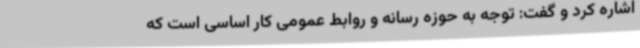
اشاره کرد و گفت: توجه به حوزه رسانه و روابط عمومی کار اساسی است که